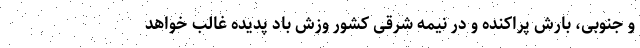
و جنوبی، بارش ‌پراکنده و در نیمه شرقی کشور وزش باد ‌پدیده غالب خواهد